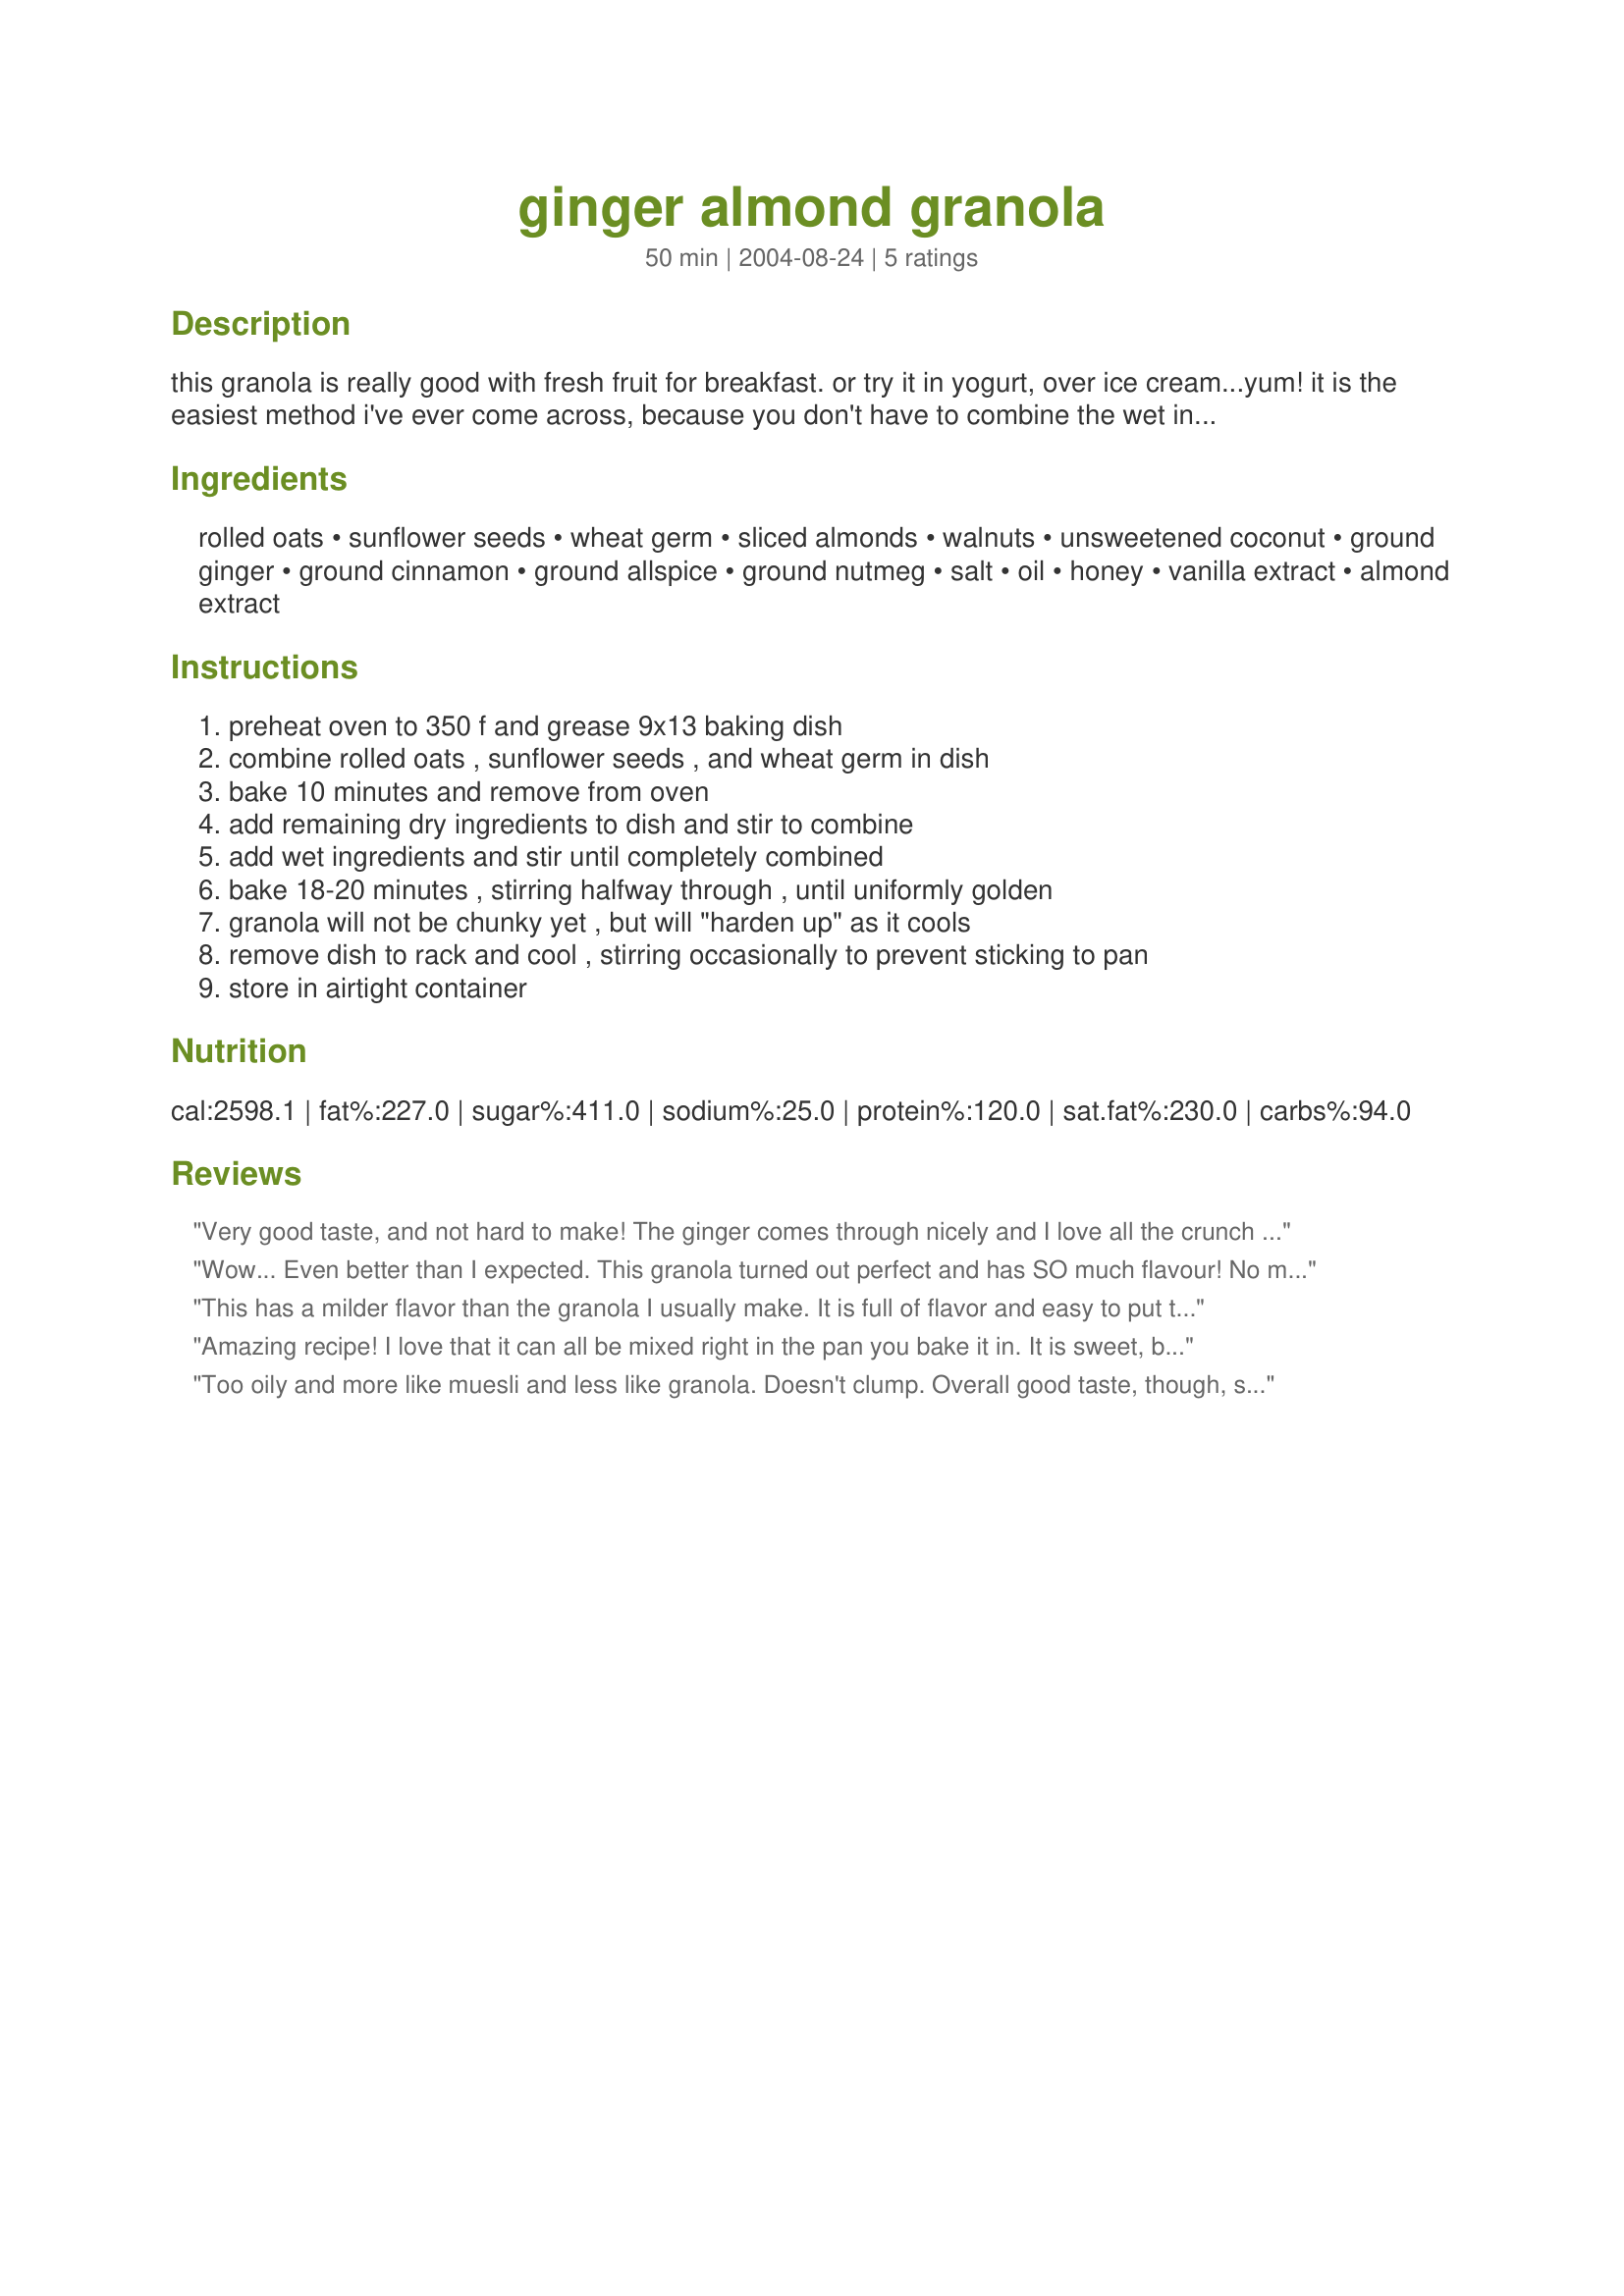
ginger almond granola
Preparation time: 50 minutes

this granola is really good with fresh fruit for breakfast. or try it in yogurt, over ice cream...yum! it is the easiest method i've ever come across, because you don't have to combine the wet ingredients separately: just stir everything together in the pan, and you're good to go!

Ingredients:
rolled oats, sunflower seeds, wheat germ, sliced almonds, walnuts, unsweetened coconut, ground ginger, ground cinnamon, ground allspice, ground nutmeg, salt, oil, honey, vanilla extract, almond extract

Steps:
preheat oven to 350 f and grease 9x13 baking dish, combine rolled oats , sunflower seeds , and wheat germ in dish, bake 10 minutes and remove from oven, add remaining dry ingredients to dish and stir to combine, add wet ingredients and stir until completely combined, bake 18-20 minutes , stirring halfway through , until uniformly golden, granola will not be chunky yet , but will "harden up" as it cools, remove dish to rack and cool , stirring occasionally to prevent sticking to pan, store in airtight container

Reviews:
Very good taste, and not hard to make! The ginger comes through nicely and I love all the crunch from the nuts. Thank you for posting this recipe. I think I will add some raisins and a few dried cherries. Yum!
Wow... Even better than I expected. This granola turned out perfect and has SO much flavour! No more inferior boxed cereals for me. This has enough sweetness to just add milk and have a great breakfast with enough protein to sustain you for a while. Have a piece of fruit with it and you're good to go. Would also make a great snack with yogurt, or over some cooked apples. This is going to be a new favourite recipe in our house! Thanks so much MessyCook!! I wish I could give it more stars.
This has a milder flavor than the granola I usually make. It is full of flavor and easy to put together. I decreased the oil to a about 1/3 cup and added dried fruit to the cooled granola before storing.
Amazing recipe! I love that it can all be mixed right in the pan you bake it in. It is sweet, but not too sweet. All the spices in it give it a wonderful depth of flavor that many granola recipes lack. It is granola you can eat over something or just by itself. This is now one of my new favorite granola recipes. Thanks for such a wonderful, easy recipe.
Too oily and more like muesli and less like granola. Doesn't clump. Overall good taste, though, so we didn't have to throw it out. There are just better granola recipes out there.
